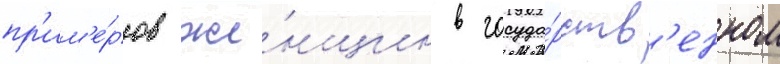
пр'им'е́ров же́нщин в госуда́рств'енном